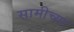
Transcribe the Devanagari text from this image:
सामीच्या